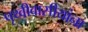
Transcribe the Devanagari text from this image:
पृथ्वीवासीयांना